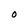
Character: O